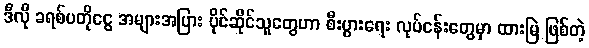
ဒီလို ခရစ်ပတိုငွေ အများအပြား ပိုင်ဆိုင်သူတွေဟာ စီးပွားရေး လုပ်ငန်းတွေမှာ ထားမြဲ ဖြစ်တဲ့